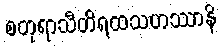
စတုရာသီတိရထသဟဿာနိ